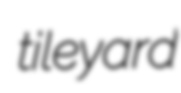
tileyard